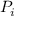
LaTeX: { \mathbf { } } P _ { i }